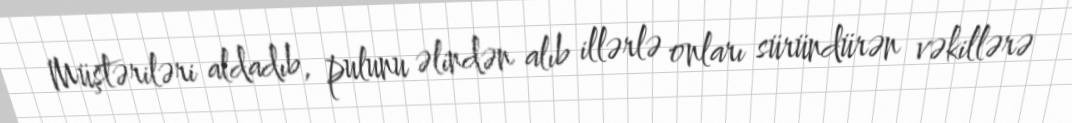
Müştəriləri aldadıb, pulunu əlindən alıb illərlə onları süründürən vəkillərə